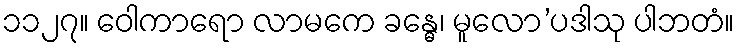
၁၁၂၇။ ဝေါကာရော လာမကေ ခန္ဓေ၊ မူလော’ပဒါသု ပါဘတံ။